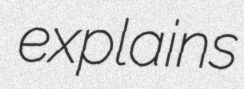
explains